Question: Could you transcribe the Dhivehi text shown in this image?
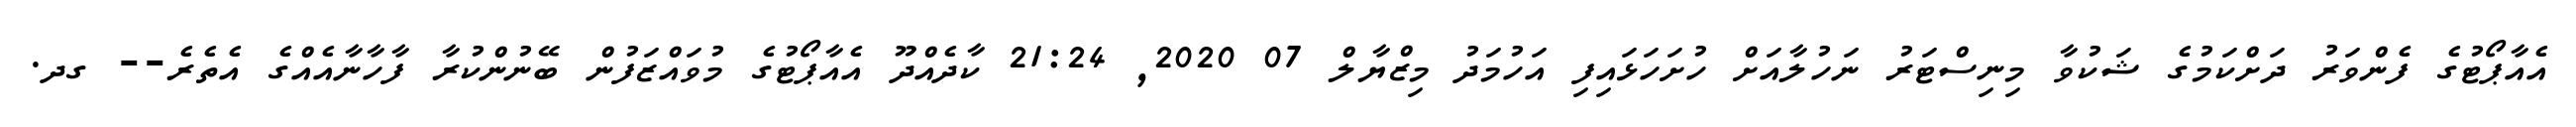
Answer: އެއާޕޯޓުގެ ފެންވަރު ދަށްކަމުގެ ޝަކުވާ މިނިސްޓަރު ނަހުލާއަށް ހުށަހަޅައިފި އަހުމަދު މިޒްޔާލް 07 2020, 21:24 ކާދެއްދޫ އެއާޕޯޓުގެ މުވައްޒަފުން ބޭނުންކުރާ ފާހާނާއެއްގެ އެތެރެ-- ގދ.